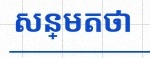
សន្មតថា x ជាចំនួនពិត